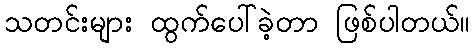
သတင်းများ ထွက်ပေါ်ခဲ့တာ ဖြစ်ပါတယ်။